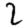
Digit: 2